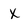
Character: x